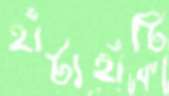
হাঁটাহাঁটি